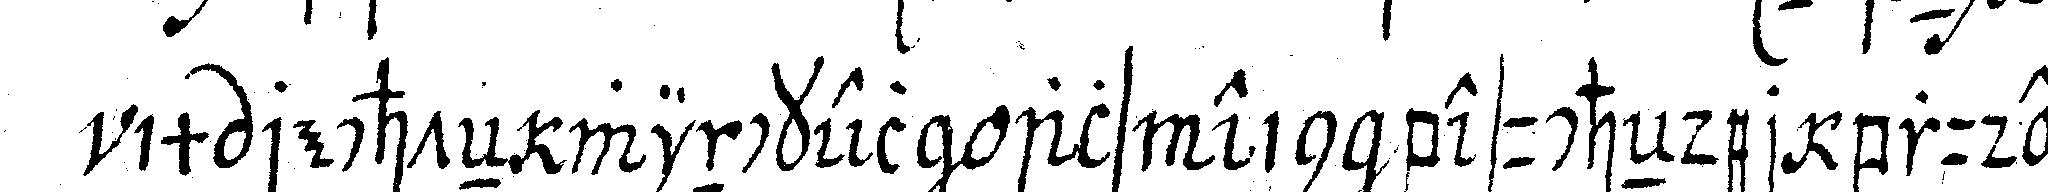
im rechteN winckel als ein besucheNder bruder